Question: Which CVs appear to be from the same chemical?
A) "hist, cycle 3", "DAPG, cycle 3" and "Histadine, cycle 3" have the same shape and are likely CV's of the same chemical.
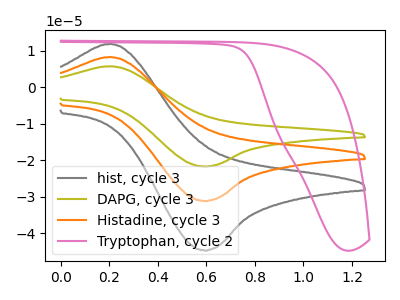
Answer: <think>The gray curve "hist, cycle 3" has an anodic peak at (0.20V, 11.95uA) and a cathodic peak at (0.60V, -44.70uA). The olive curve "DAPG, cycle 3" has an anodic peak at (0.20V, 16.65uA) and a cathodic peak at (0.60V, -62.30uA). The orange curve "Histadine, cycle 3" has an anodic peak at (0.20V, 8.35uA) and a cathodic peak at (0.60V, -31.15uA). The pink curve "Tryptophan, cycle 2" has no peaks.
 All the peaks in "hist, cycle 3" have a peak in "DAPG, cycle 3" at the same potential. Every peak in "hist, cycle 3" is lower than every peak in "DAPG, cycle 3". All the peaks in "hist, cycle 3" have a peak in "Histadine, cycle 3" at the same potential. Every peak in "hist, cycle 3" is higher than every peak in "Histadine, cycle 3". "hist, cycle 3" and "Tryptophan, cycle 2" have a different number of peaks. All the peaks in "DAPG, cycle 3" have a peak in "Histadine, cycle 3" at the same potential. Every peak in "DAPG, cycle 3" is higher than every peak in "Histadine, cycle 3". "DAPG, cycle 3" and "Tryptophan, cycle 2" have a different number of peaks. "Histadine, cycle 3" and "Tryptophan, cycle 2" have a different number of peaks.</think>
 <answer>A) "hist, cycle 3", "DAPG, cycle 3" and "Histadine, cycle 3" have the same shape and are likely CV's of the same chemical.</answer>
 <eval>A</eval>